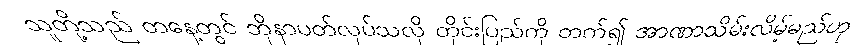
သူတို့သည် တနေ့တွင် ဘိုနာပတ်လုပ်သလို တိုင်းပြည်ကို တက်၍ အာဏာသိမ်းလိမ့်မည်ဟု